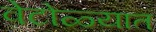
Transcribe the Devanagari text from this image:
वेटोळ्यात